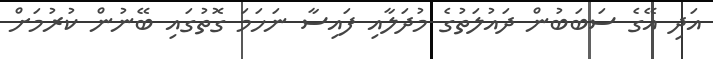
އަދި އޭގެ ސަބަބުން ދައުލަތުގެ މުދަލާއި ފައިސާ ނަހަމަ ގޮތުގައި ބޭނުން ކުރުމަށް